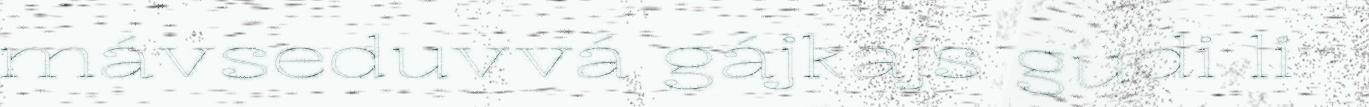
mávseduvvá gájkajs gudi li